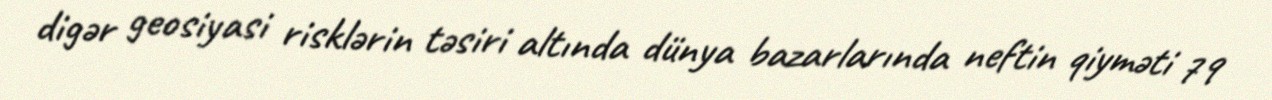
digər geosiyasi risklərin təsiri altında dünya bazarlarında neftin qiyməti 79